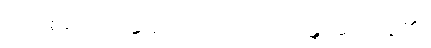
(အာစရိယာ၊ ဆရာတို့သည်။) ဝဒန္တိ၊ ဆိုကုန်၏။